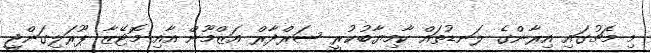
މި މެޗުގައި އިރާންގެ ލަނޑުތައް ކާމިޔާބުކުރީ ސަރްދާރް އަޒްމޫން އާއި މޮޓޭޒާ ޕޫރަލިގަންޖީ